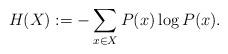
LaTeX: \begin{align*} H( X ) := -\sum_{ x \in X} P( x )\log P( x ).\end{align*}